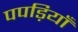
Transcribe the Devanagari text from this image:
पपड़ियाँ